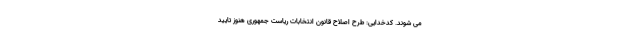
می شوند. کدخدایی: طرح اصلاح قانون انتخابات ریاست جمهوری هنوز تایید